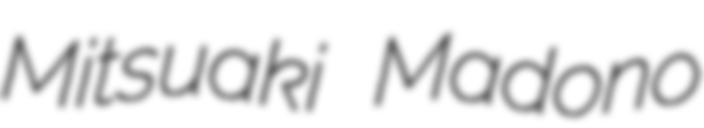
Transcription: Mitsuaki Madono